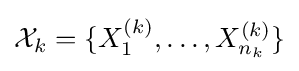
{\mathcal {X}}_{k}=\{X_{1}^{(k)},\dots ,X_{n_{k}}^{(k)}\}